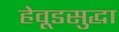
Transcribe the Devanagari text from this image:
हेवूडसुद्धा